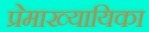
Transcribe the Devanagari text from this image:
प्रेमाख्यायिका